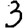
Digit: 3